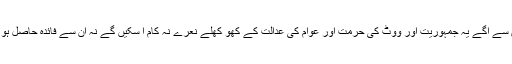
اس سے آگے یہ جمہوریت اور ووٹ کی حرمت اور عوام کی عدالت کے کھو کھلے نعرے نہ کام آ سکیں گے نہ ان سے فائدہ حاصل ہو گا۔